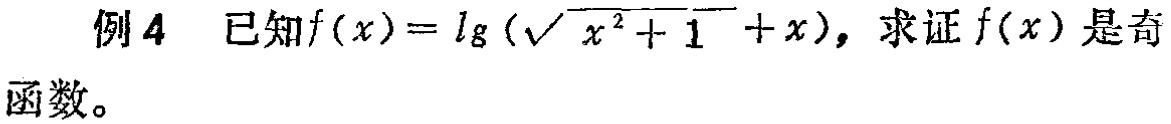
例4 已知\(f(x)=\lg(\sqrt{x^{2}+1}+x)\)，求证\(f(x)\)是奇函数。